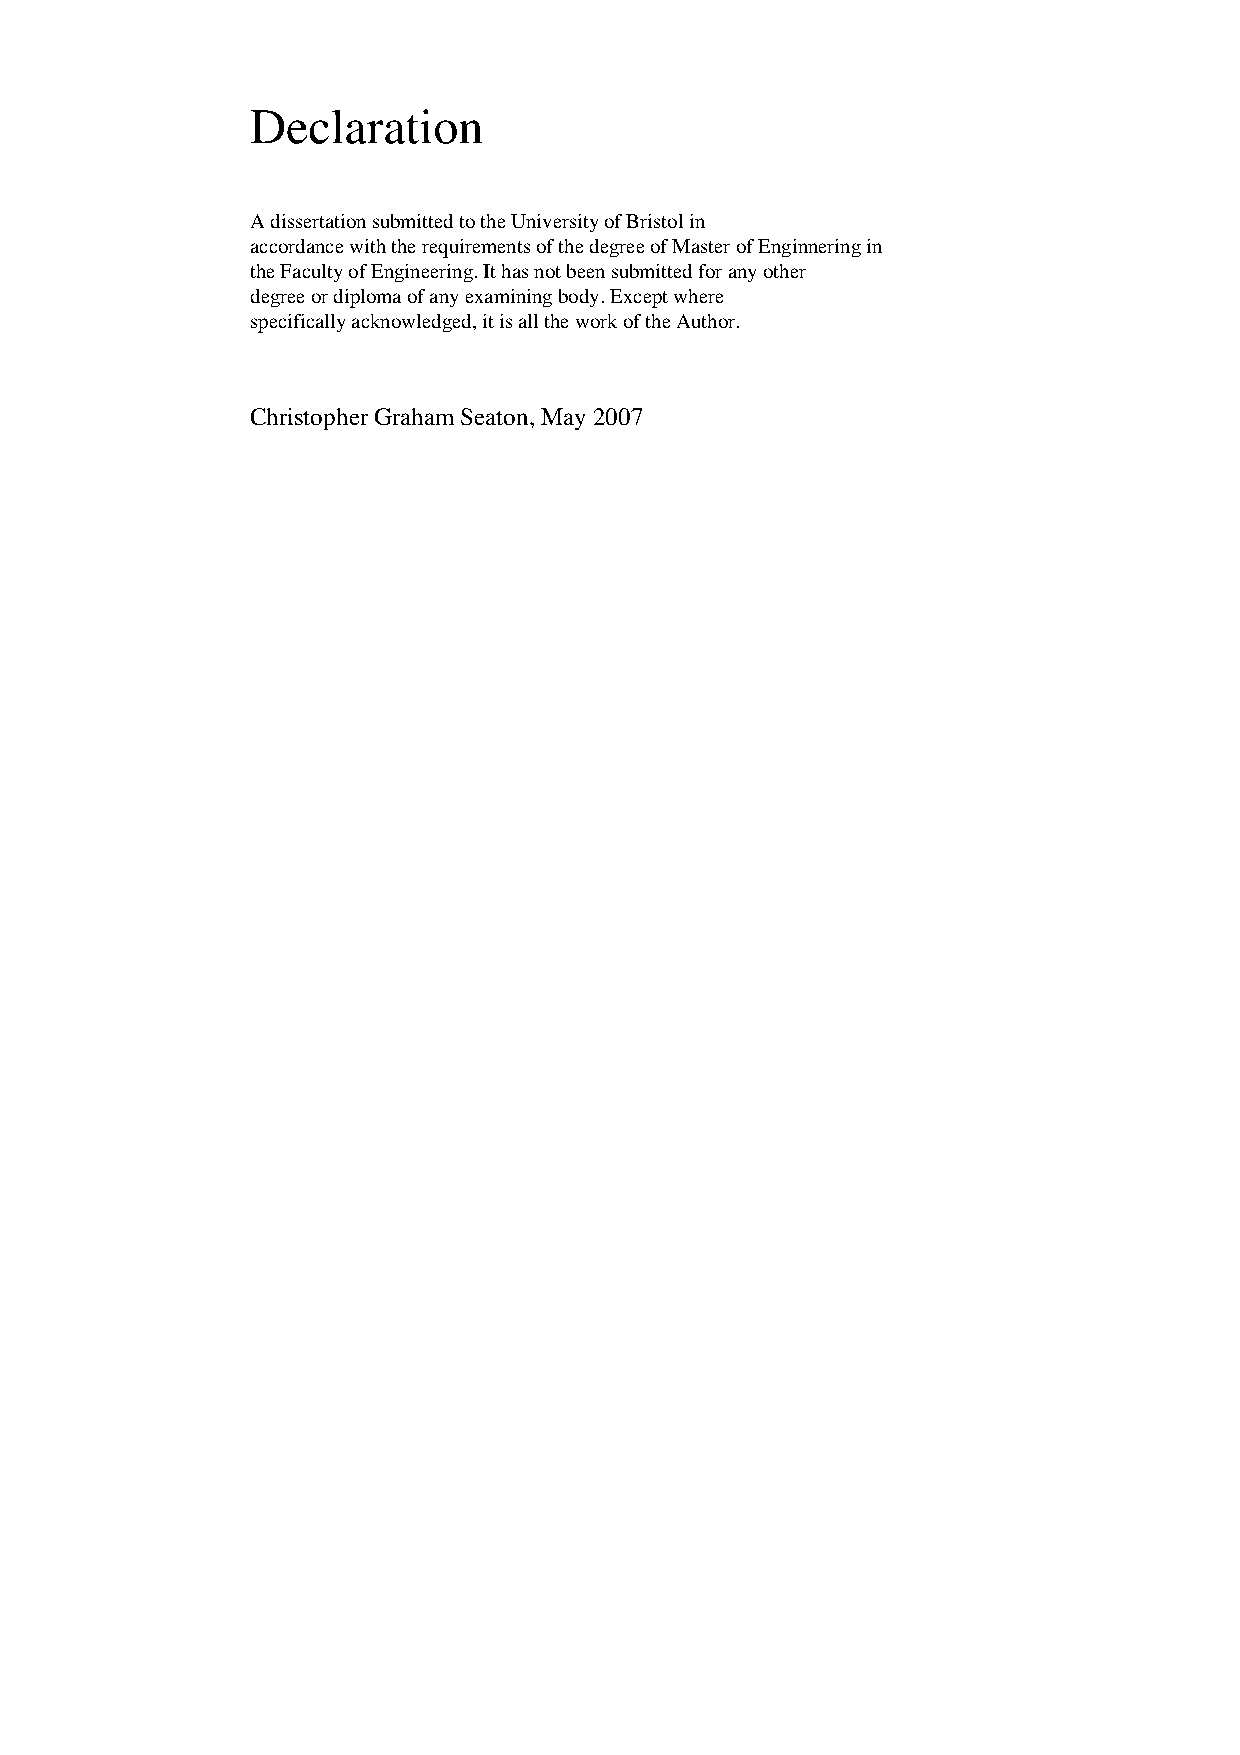
Declaration
 A dissertation submitted to the University of Bristol in
 accordance with the requirements of the degree of Master of Enginnering in
 the Faculty of Engineering. It has not been submitted for any other
 degree or diploma of any examining body. Except where
 specifically acknowledged, it is all the work of the Author.
 Christopher Graham Seaton, May 2007